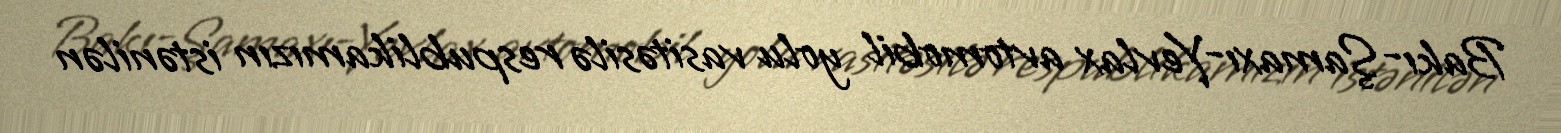
Bakı-Şamaxı-Yevlax avtomobil yolu vasitəsilə respublikamızın istənilən